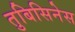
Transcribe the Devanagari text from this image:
तुबिसिनेस